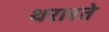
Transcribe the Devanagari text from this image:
थरारते